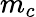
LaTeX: m_{c}